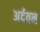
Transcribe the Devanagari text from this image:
अर्दवन